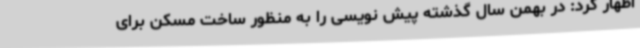
اظهار کرد: در بهمن سال گذشته پیش نویسی را به منظور ساخت مسکن برای